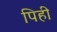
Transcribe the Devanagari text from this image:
पिही